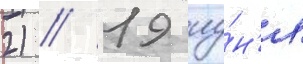
2) // 19 иу́н'я